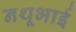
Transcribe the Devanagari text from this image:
नथूभाई